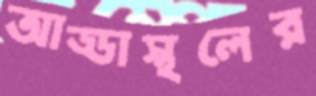
আড্ডাস্থলের